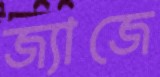
জ্যাজে